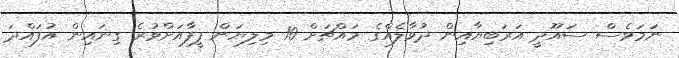
ނަމަވެސް ސައޫދީ އަރަބިޔާއިން ދުވާލެއްގެ މައްޗަށް 10 މިލިޔަން ފީފާއަށްވުރެ ގިނައިން އުފައްދަ